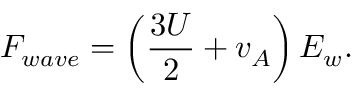
F _ { w a v e } = \left( \frac { 3 U } { 2 } + v _ { A } \right) E _ { w } .